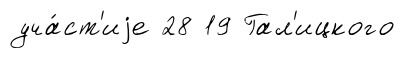
уча́ст'иjе 28 19 Гал'ицкого